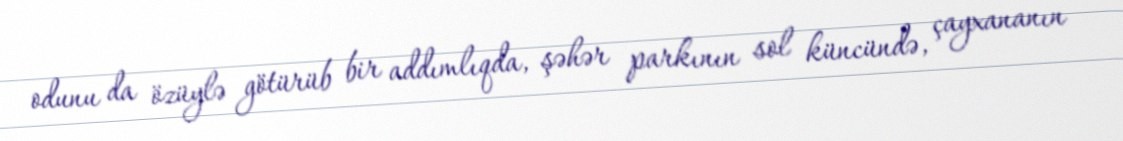
odunu da özüylə götürüb bir addımlıqda, şəhər parkının sol küncündə, çayxananın